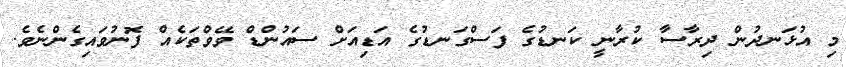
މި އުޅަނދުން ދިރާސާ ކުރާނީ ކަނޑުގެ ފަސްގަނޑުގެ އަޑިއަށް ސައުންޑް ވޭވްތަކެއް ފޮނުވައިގެންނެވެ.